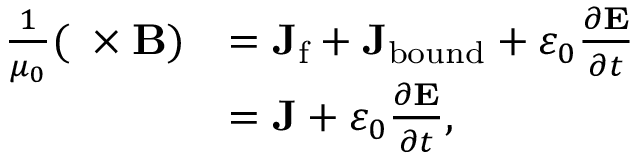
{ \begin{array} { r l } { { \frac { 1 } { \mu _ { 0 } } } ( \mathbf { \nabla } \times \mathbf { B } ) } & { = \mathbf { J } _ { \mathrm { f } } + \mathbf { J } _ { \mathrm { b o u n d } } + \varepsilon _ { 0 } { \frac { \partial \mathbf { E } } { \partial t } } } \\ & { = \mathbf { J } + \varepsilon _ { 0 } { \frac { \partial \mathbf { E } } { \partial t } } , } \end{array} }